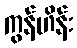
ကွန်ဟိန်း